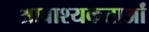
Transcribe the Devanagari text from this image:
आवाश्‍यकताओं